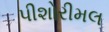
પીશોરીમલ